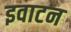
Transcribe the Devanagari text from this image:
इवाटन